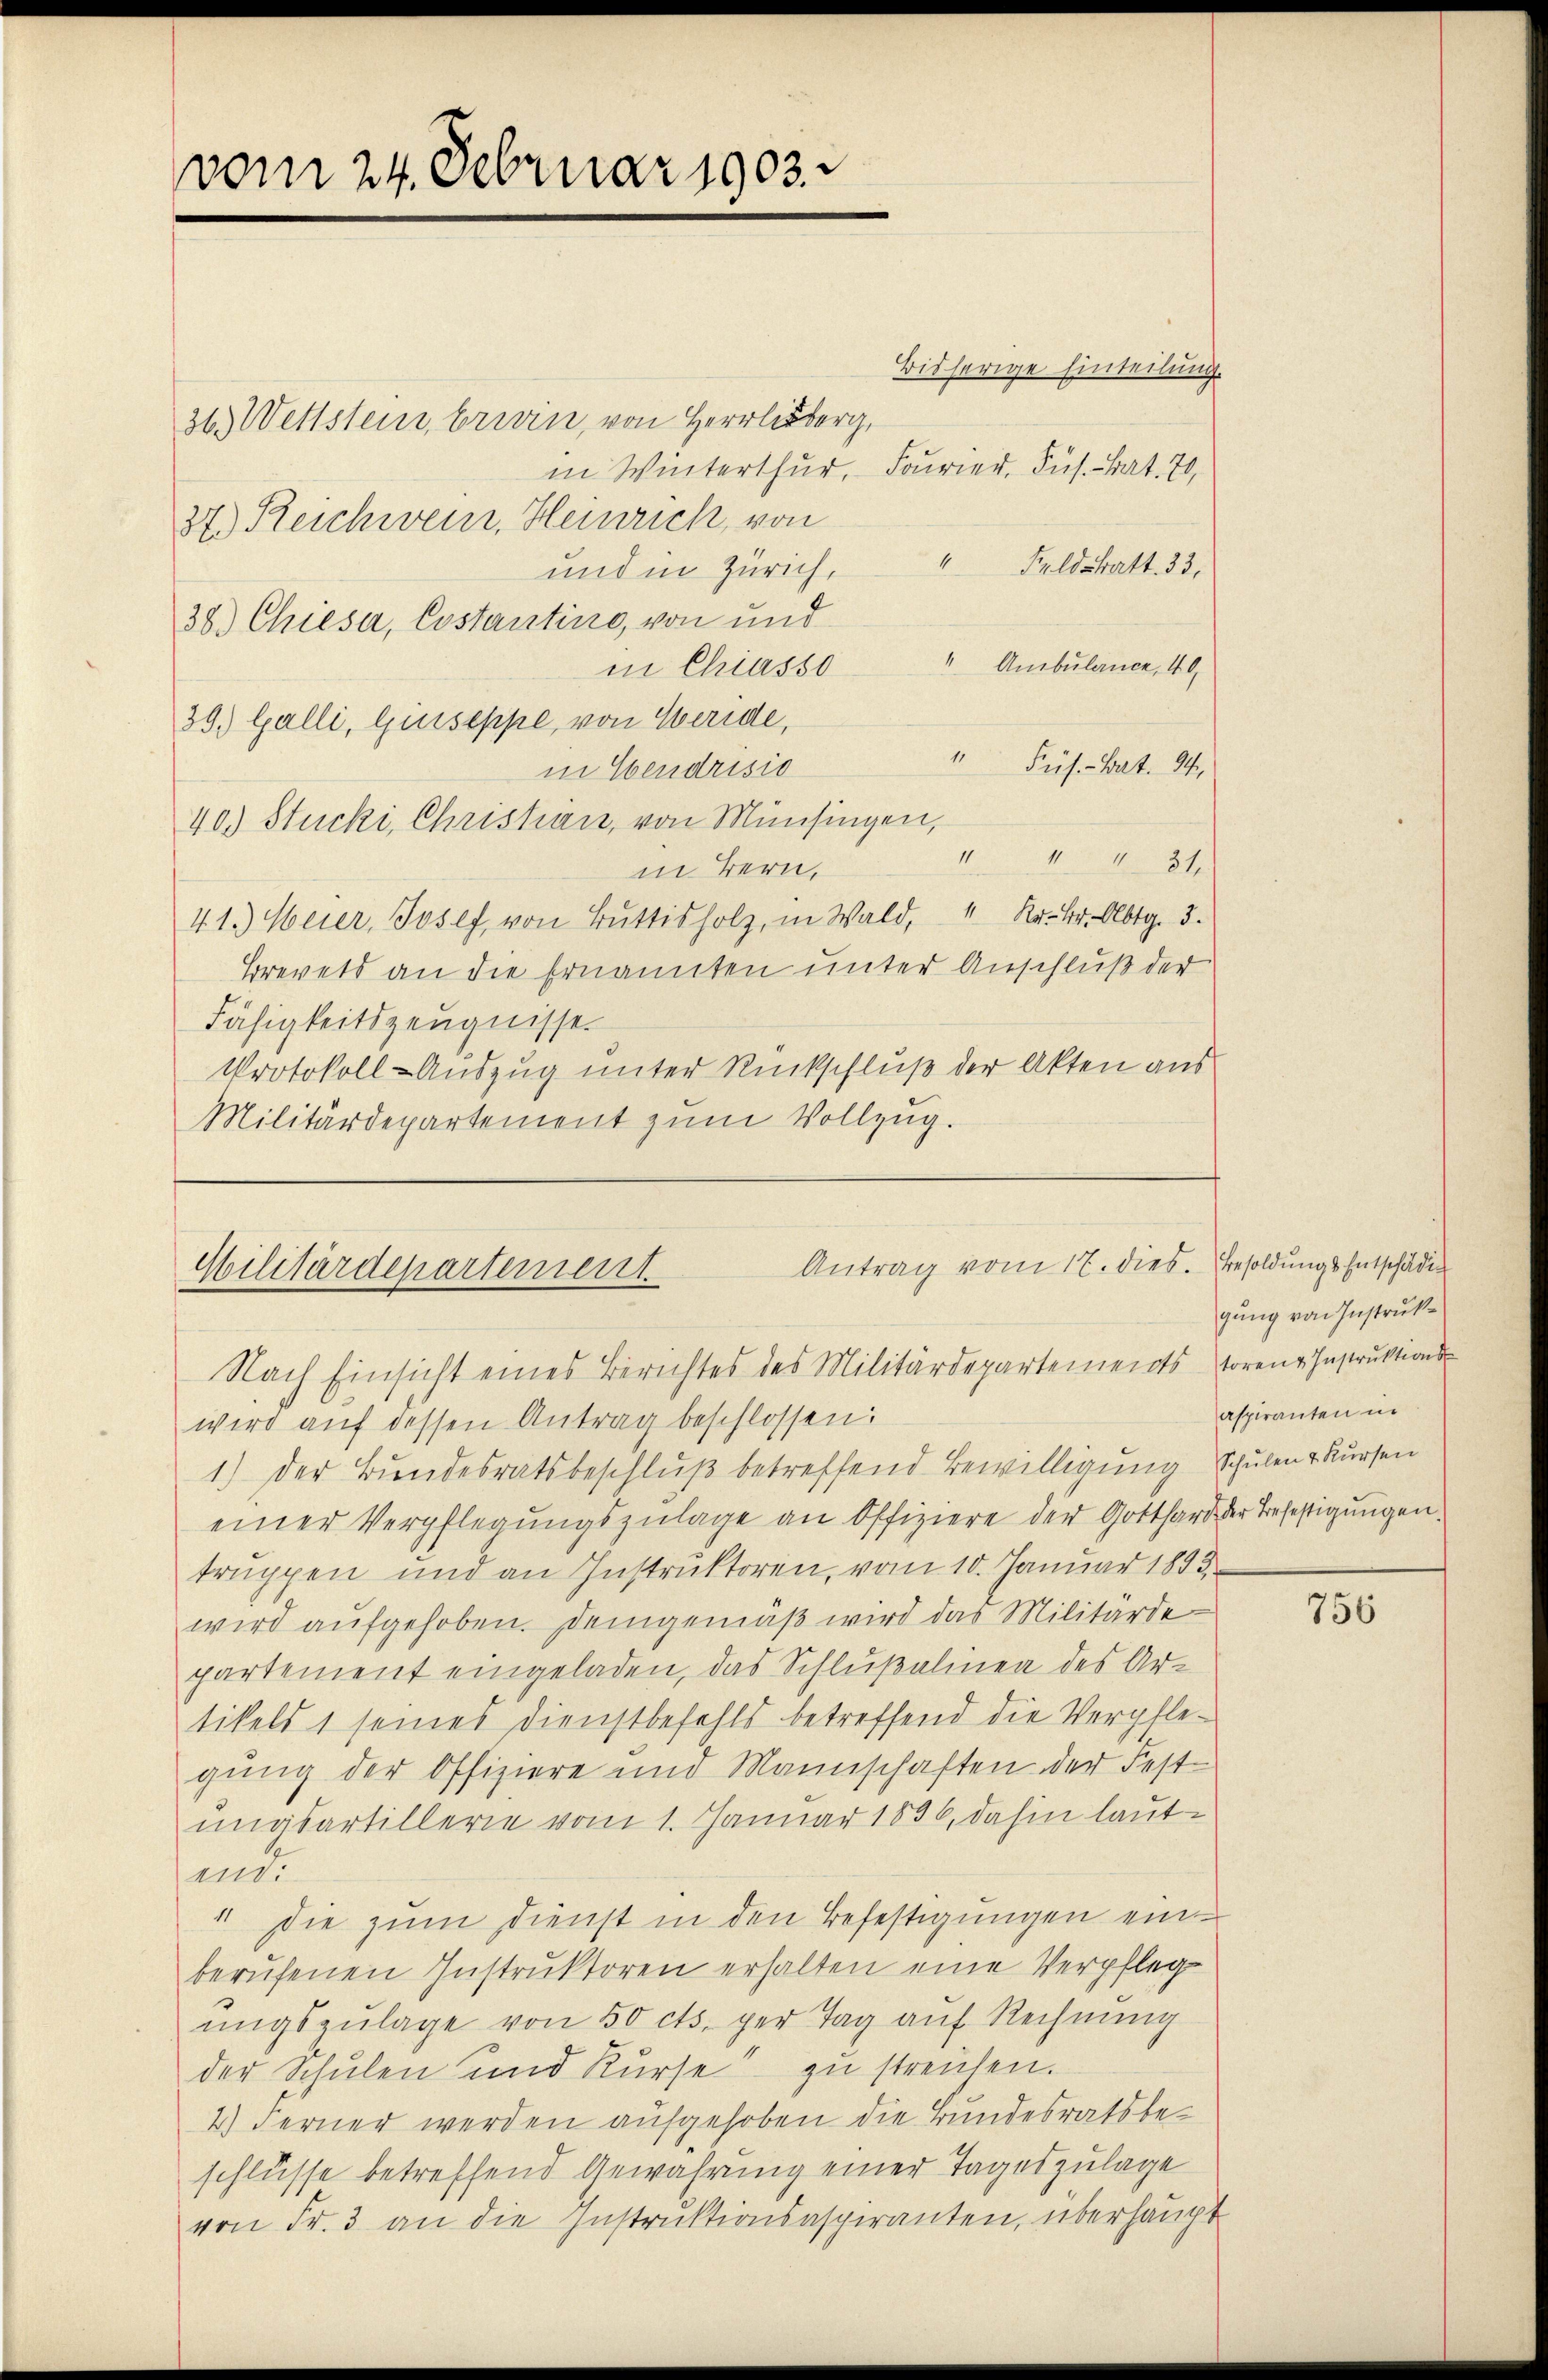
vom 24. Februar 1903.

Bisherige Einteilung.
36.) Wettstein, brevin, von Herrliberg,
in Winterthur, Fourier, Jus. - Bat. 70,
37.) Reichwein, Heinrich, von
4
Feldstratt. 33,
und in Zürich,
38.) Chiesa, Costantino, von und
in Chiasso " Ambulance, 40
39. Galli, Giuseppe, von Weride,
"Pus. - Bat. 94.
in Ebendrisio
40.) Stucki, Christian, von Münsingen,
I. 434
in Bern,
41.) Weier, Josef von Bŭttisholz, in Wald, " Kr. Fr. Albtg. 3.
Brevets an die Ernannten unter Anschluß der
Fähigkeitszeugnisse.
Protokoll-Auszug unter Rückschluß der Akten aus
Militärdepartement zum Vollzug.

Antrag vom 17. dies. Besoldungs-Entschädig
Militärdepartement

wird auf dessen Antrag beschlossen:
1.) Der Bundesratsbeschluß betreffend Bewilligung Schulen v Kursen
einer Verpflegŭngszulage an Offiziere der Gotthard der Befestigungen.
truppen und an Instruktoren, vom 10. Januar 1893
wird aufgehoben. Demgemäß wird das Militärde
partement eingeladen, das Schlußalinea des Artikels 1 seines Dienstbefehls betreffend die Verpflegung der Offiziere und Mannschaften der Fest-
ungsartillerie vom 1. Januar 1856, dahin lautm
1 Die zum Dienst in den Befestigungen einberŭfenen Instruktoren erhalten eine Verpfleg
ungszulage von 50 cts. per Tag auf Rechnung
der Schulen und Kurse zu streichen.
4) Ferner werden aufgehoben die Bundesratsbeschlüsse betreffend Gewahrung einer Tageszulage
von Fr. 3 an die Instruktionsaspiranten, überhaupt

Nach Einsicht eines Berichtes des Militärdepartements torene Instruktions-

gung von Instrukaspiranten in

756